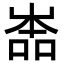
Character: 𡴡